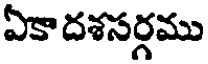
ఏకా దశసర్గము